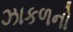
ઝાકળનો